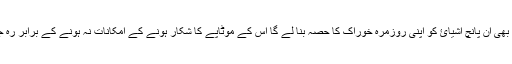
جو شخص بھی ان پانچ اشیائ کو اپنی روزمرہ خوراک کا حصہ بنا لے گا اس کے موٹاپے کا شکار ہونے کے امکانات نہ ہونے کے برابر رہ جائیں گے ۔